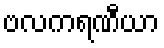
ဗလကရဏီယာ